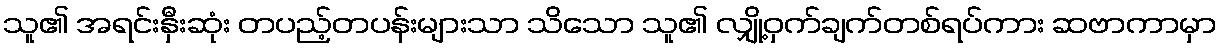
သူ၏ အရင်းနှီးဆုံး တပည့်တပန်းများသာ သိသော သူ၏ လျှို့ဝှက်ချက်တစ်ရပ်ကား ဆဗာကာမှာ